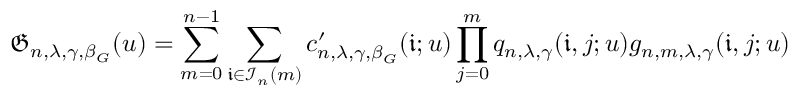
\mathfrak { G } _ { n , \lambda , \gamma , \beta _ { G } } ( u ) = \sum _ { m = 0 } ^ { n - 1 } \sum _ { \mathfrak { i } \in \mathcal { I } _ { n } ( m ) } c _ { n , \lambda , \gamma , \beta _ { G } } ^ { \prime } ( \mathfrak { i } ; u ) \prod _ { j = 0 } ^ { m } q _ { n , \lambda , \gamma } ( \mathfrak { i } , j ; u ) g _ { n , m , \lambda , \gamma } ( \mathfrak { i } , j ; u )